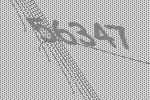
56347